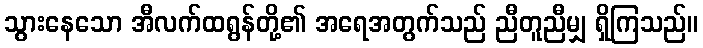
သွားနေသော အီလက်ထရွန်တို့၏ အရေအတွက်သည် ညီတူညီမျှ ရှိကြသည်။